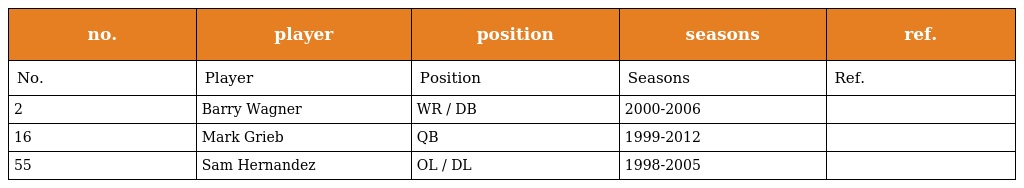
| no. | player | position | seasons | ref. |
 | --- | --- | --- | --- | --- |
 | No. | Player | Position | Seasons | Ref. |
 | 2 | Barry Wagner | WR / DB | 2000-2006 |  |
 | 16 | Mark Grieb | QB | 1999-2012 |  |
 | 55 | Sam Hernandez | OL / DL | 1998-2005 |  |